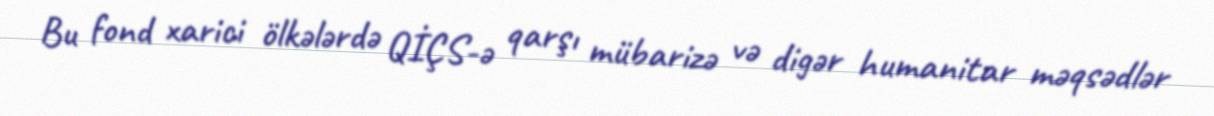
Bu fond xarici ölkələrdə QİÇS-ə qarşı mübarizə və digər humanitar məqsədlər